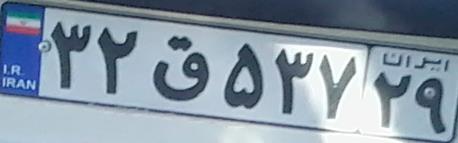
۳۲ق۵۳۷۲۹